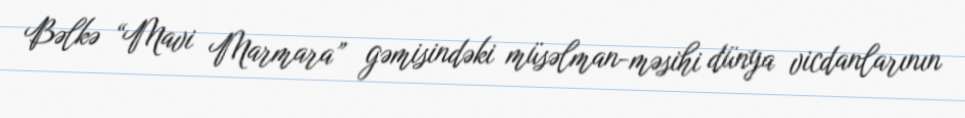
Bəlkə “Mavi Marmara” gəmisindəki müsəlman-məsihi dünya vicdanlarının